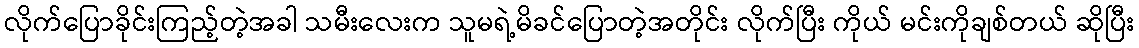
လိုက်ပြောခိုင်းကြည့်တဲ့အခါ သမီးလေးက သူမရဲ့မိခင်ပြောတဲ့အတိုင်း လိုက်ပြီး ကိုယ် မင်းကိုချစ်တယ် ဆိုပြီး